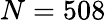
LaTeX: N=508